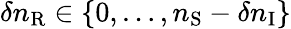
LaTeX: \delta n_{\mathrm{R}}\in\{ 0,\dots,n_{\mathrm{S}}-\delta n_{\mathrm{I}}\}